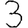
Digit: 3